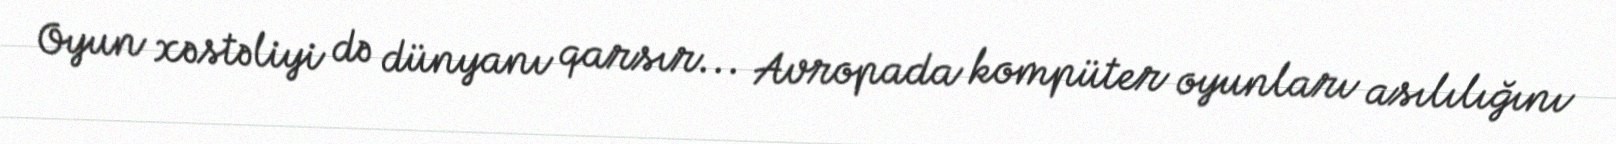
Oyun xəstəliyi də dünyanı qarsır... Avropada kompüter oyunları asılılığını